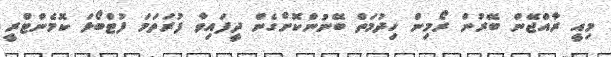
މިއީ ރާއްޖޭން ބޭރުން ރޯމިން ހިދުމަތް ބޭނުންކޮށްގެން ދީފައިވާ ފުރަތަމަ ފުޓްބޯޅަ ކޮމެންޓްރީ